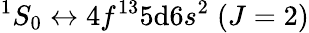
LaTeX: ^1S_{0}\leftrightarrow4f^{13}5\mathrm{d}6s^{2}\; (J=2)